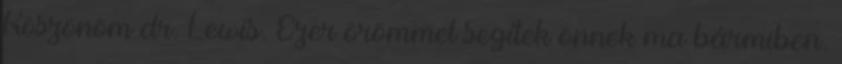
Köszönöm dr. Lewis. Ezer örömmel segítek önnek ma bármiben.